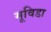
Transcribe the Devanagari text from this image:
मूविडा